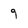
Character: 9